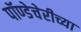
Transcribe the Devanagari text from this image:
पॉण्डेचेरीच्या